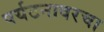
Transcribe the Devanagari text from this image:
पर्यटनावरचा